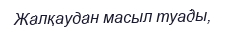
Жалқаудан масыл туады,